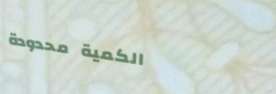
الكمية محدودة